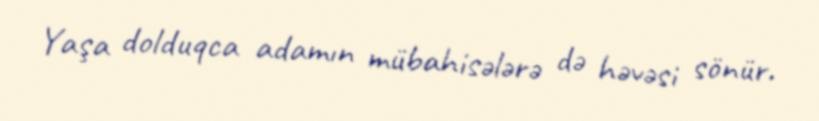
Yaşa dolduqca adamın mübahisələrə də həvəsi sönür.